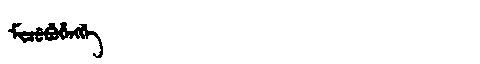
Manchu: ᠮᡳᠴᡠᠪᡠᡥᡝᠩᡤᡝ
Romanization: MICUBUHENGGE